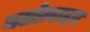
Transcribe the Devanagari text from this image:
जलोत्पादन